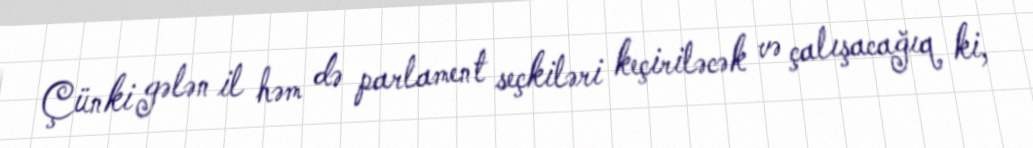
Çünki gələn il həm də parlament seçkiləri keçiriləcək və çalışacağıq ki,